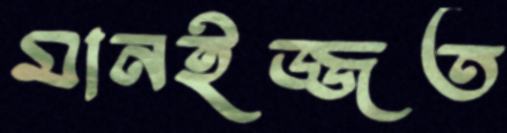
মানইজ্জত